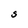
Character: S